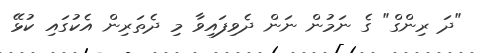
"ދަ ރިންގް" ގެ ނަމުން ނަން ދެވިފައިވާ މި ދެތަރިން އެކުގައި ކުޅޭ